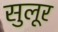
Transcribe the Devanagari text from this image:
सुलूर